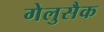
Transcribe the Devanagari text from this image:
गेलुसैक